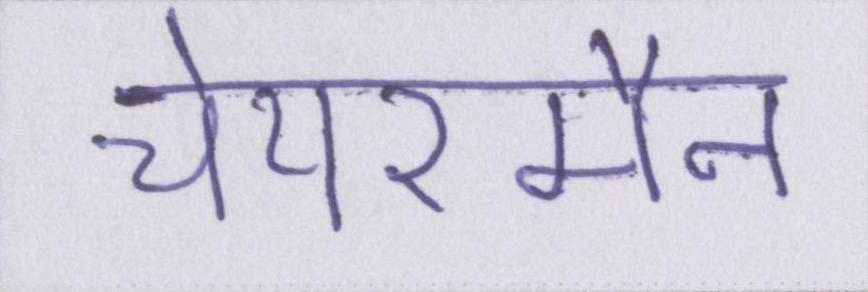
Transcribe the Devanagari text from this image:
चेयरमैन